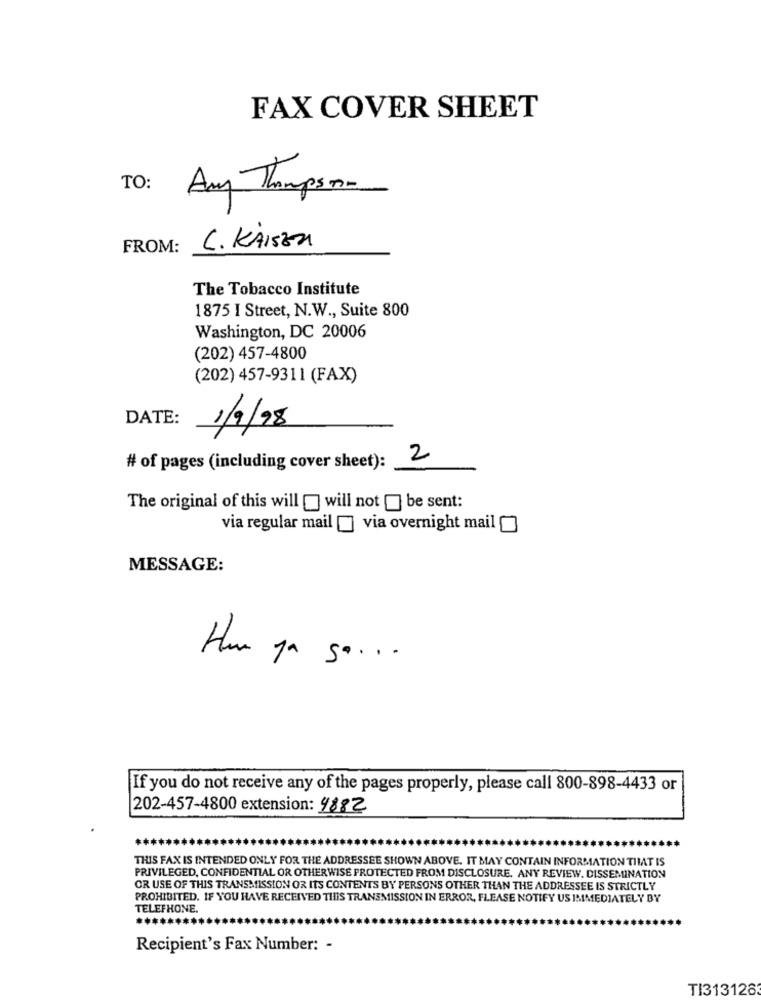
FAX COVER SHEET
TO:
Any Thompson-
FROM:
C. KAISER
The Tobacco Institute
1875 I Street, N.W ., Suite 800
Washington, DC 20006
(202) 457-4800
(202) 457-9311 (FAX)
DATE:
1/9/98
2
# of pages (including cover sheet):
The original of this will [ will not [ be sent:
via regular mail [] via overnight mail [
MESSAGE:
Hun ya s ....
If you do not receive any of the pages properly, please call 800-898-4433 or
202-457-4800 extension: 4882
THIS FAX IS INTENDED ONLY FOR THE ADDRESSEE SHOWN ABOVE. IT MAY CONTAIN INFORMATION THAT IS
PRIVILEGED, CONFIDENTIAL OR OTHERWISE PROTECTED FROM DISCLOSURE. ANY REVIEW, DISSEMINATION
OR USE OF THIS TRANSMISSION OR ITS CONTENTS BY PERSONS OTHER THAN THE ADDRESSEE IS STRICTLY
PROHIBITED. IF YOU HAVE RECEIVED THIS TRANSMISSION IN ERROR, FLEASE NOTIFY US IMMEDIATELY BY
TELEFHONE.
*****
Recipient's Fax Number: -
TI313128